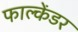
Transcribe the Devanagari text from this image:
फाल्केंडर